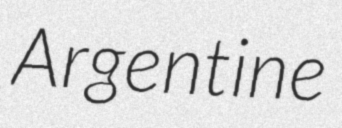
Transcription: Argentine